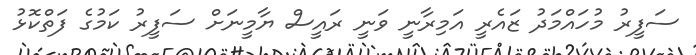
ސަފީރު މުހައްމަދު ޒައެރީ އަމިރާނީ ވަނީ ރައީސް ޔާމީނަށް ސަފީރު ކަމުގެ ފަތްކޮޅު